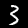
Digit: 3